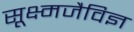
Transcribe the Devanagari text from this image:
सूक्ष्मजैविज्ञ